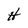
Character: H